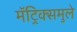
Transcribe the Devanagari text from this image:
मॅट्रिक्समुले